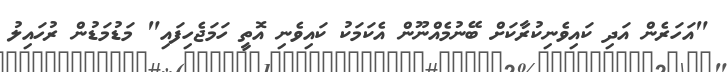
"އަހަރެން އަދި ކައިވެނިކުރާކަށް ބޭނުމެއްނޫން އެކަމަކު ކައިވެނި އޮތީ ހަމަޖެހިފައި" މަޑުމަޑުން ރުހައިލު